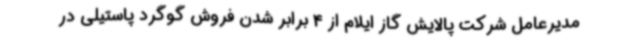
مدیرعامل شرکت پالایش گاز ایلام از 4 برابر شدن فروش گوگرد پاستیلی در